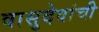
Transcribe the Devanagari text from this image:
वासुदेवांची